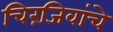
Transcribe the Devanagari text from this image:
चिरंजिवांचे